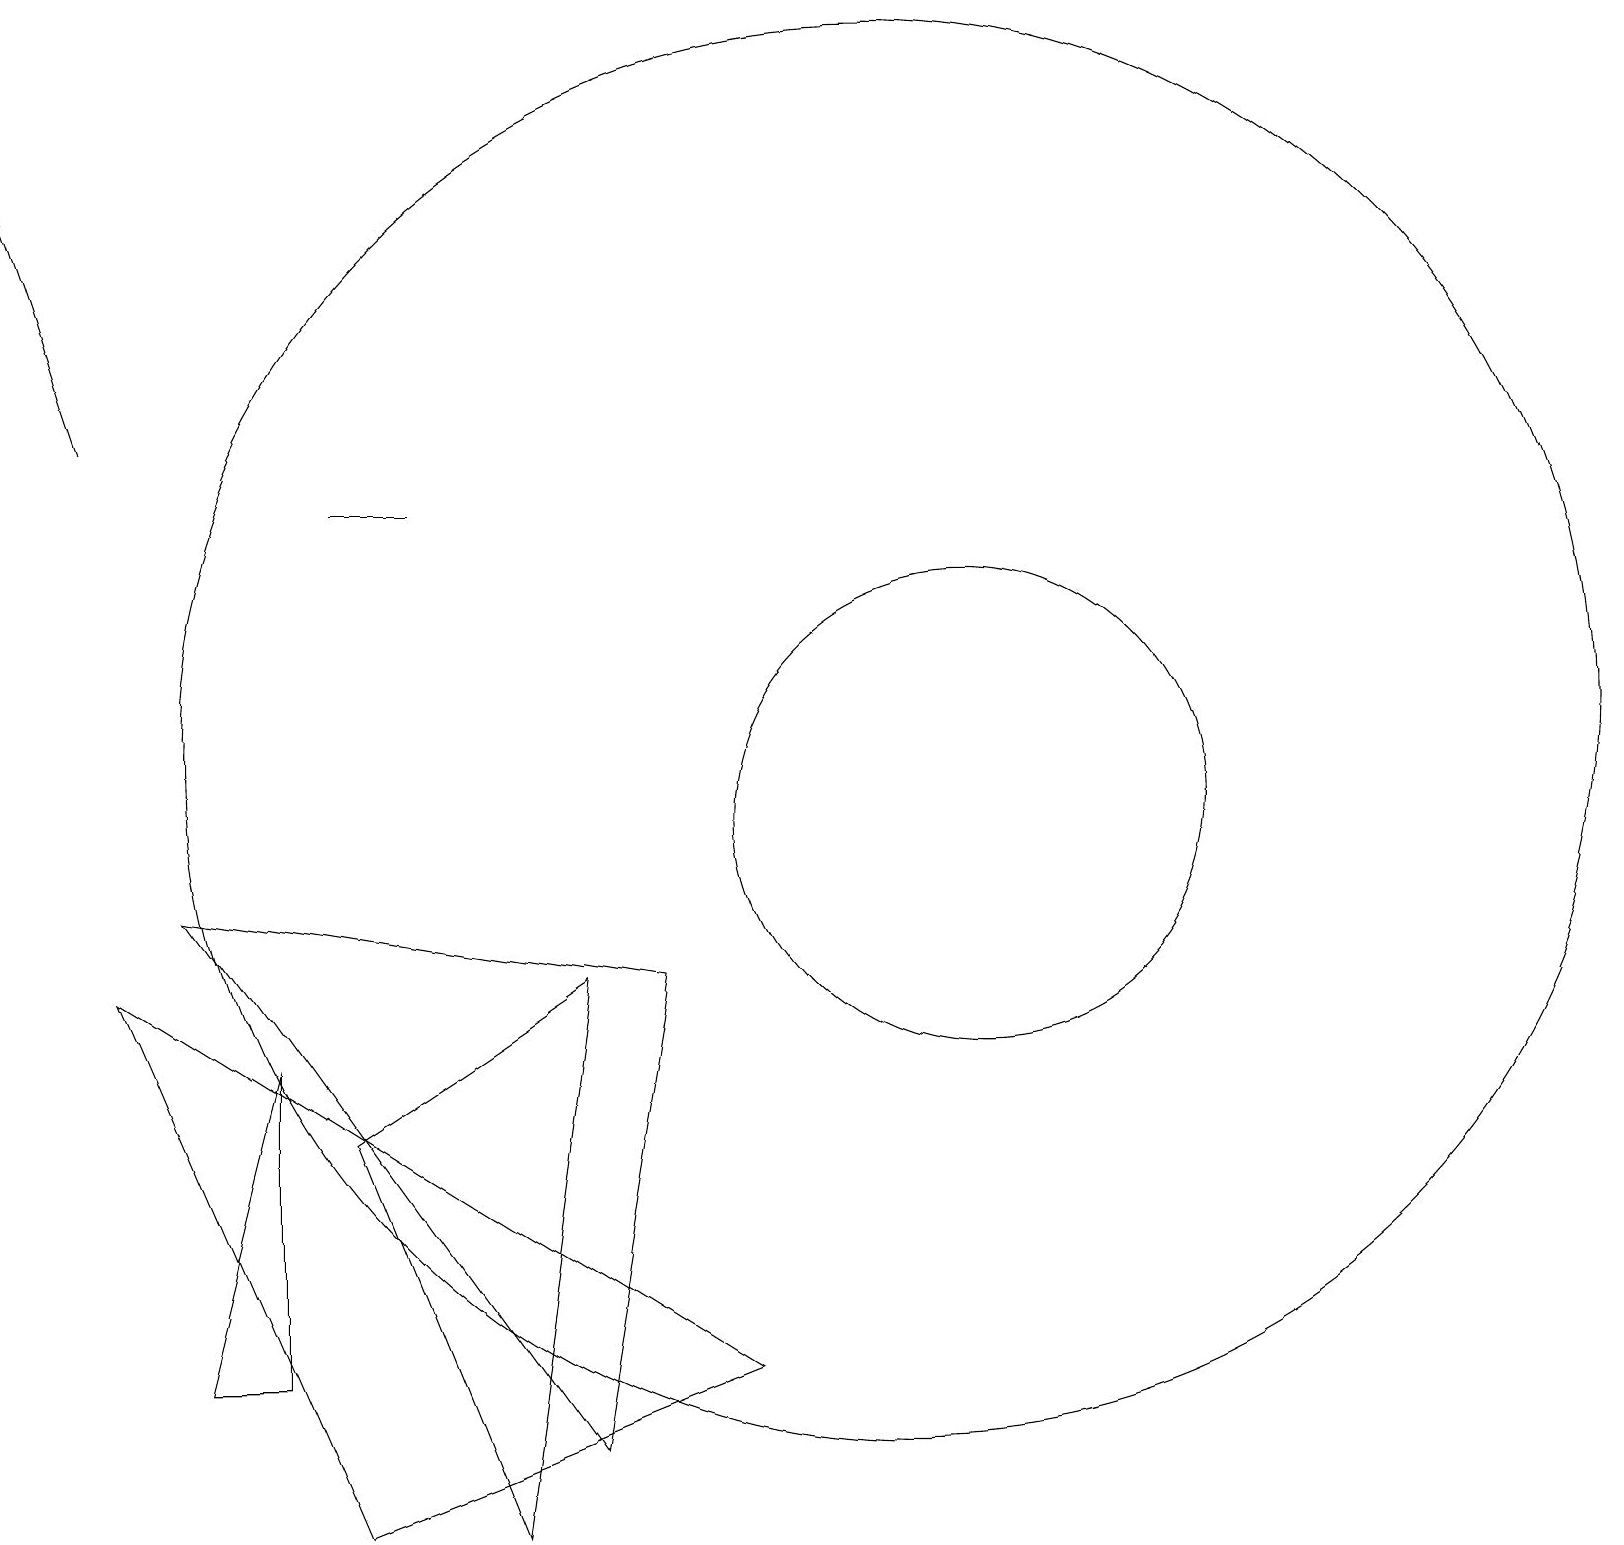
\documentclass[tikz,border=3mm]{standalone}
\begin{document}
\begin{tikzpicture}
\draw (6,1) -- (7,8) -- (4,6) -- cycle;
\draw (8,8) -- (2,9) -- (7,2) -- cycle;
\draw (12,10) circle (3);
\draw (4,14) rectangle (5,14);
\draw[->] (1,15) -- (0,18);
\draw (2,3) -- (3,7) -- (3,3) -- cycle;
\draw (4,1) -- (1,8) -- (9,3) -- cycle;
\draw (11,11) circle (9);
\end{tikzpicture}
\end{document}